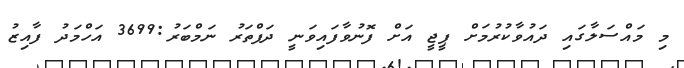
މި މައްސަލާގައި ދައުވާކުރުމަށް ޕީޖީ އަށް ފޮނުވާފައިވަނީ ދަފްތަރު ނަމްބަރު:3699 އަހްމަދު ފާއިޒު